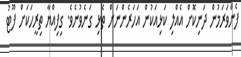
ފެންވަރަމުން ދަނިކޮށް އެއްލި ކަޅިއަކުން އަހަރެންނަށް ތެޅި ގަނެވުނެވެ. ގިފިއްޔާ ތިރީހަކަށް ފޫޓު